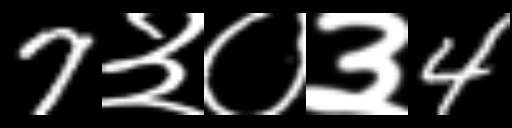
Text: 7३०३4